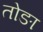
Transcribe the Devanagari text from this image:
तोङा